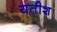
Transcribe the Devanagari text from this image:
यतीश